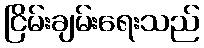
ငြိမ်းချမ်းရေးသည်